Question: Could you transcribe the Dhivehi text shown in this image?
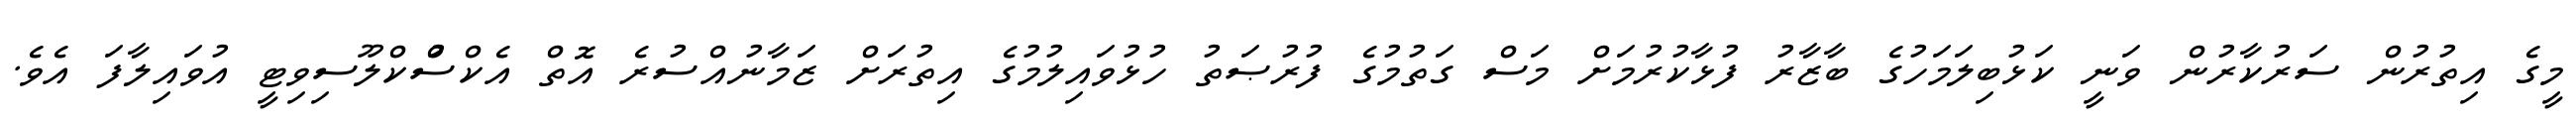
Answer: މީގެ އިތުރުން ސަރުކާރުން ވަނީ ކަޅުބިލަމަހުގެ ބާޒާރު ފުޅާކުރުމަށް މަސް ގަތުމުގެ ފުރުޞަތު ހުޅުވައިލުމުގެ އިތުރަށް ޒަމާނުއްސުރެ އޮތް އެކްސްުކްލޫސިވިޓީ އުވައިލާފަ އެވެ.